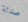
صدئة